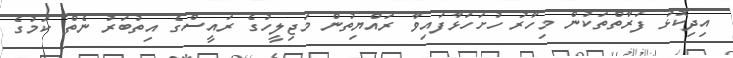
އިދިކޮޅު ފަރާތްތަކުން މިހާރު ހުށަހަޅާފައިވާ ރައްޔިތުން މަޖިލީހުގެ ރައީސްގެ އިތުބަރު ނެތް ކަމުގެ